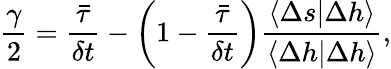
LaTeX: \frac{\gamma}{2}=\frac{\bar{\tau}}{\delta t}-\left(1-\frac{\bar{\tau}}{\delta t}\right)\frac{\langle\Delta s\lvert\Delta h\rangle}{\langle\Delta h\lvert\Delta h\rangle},